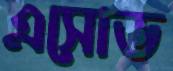
এসোড